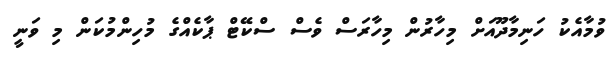
ވުމާއެކު ހަނިމާދޫއަށް މިހާރުން މިހާރަސް ވެސް ސްކޭޓް ޕާކެއްގެ މުހިންމުކަން މި ވަނީ